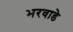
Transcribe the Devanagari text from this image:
भरवाडे